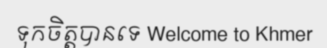
ទុកចិត្តបានទេ Welcome to Khmer